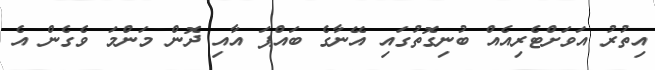
އިތުރު އަވަށްޓެރިއެއް ބުނިގޮތުގައި އޭނާގެ ބައްޕަ އާއި ދޮން މަންމަ ވެގެން އެ